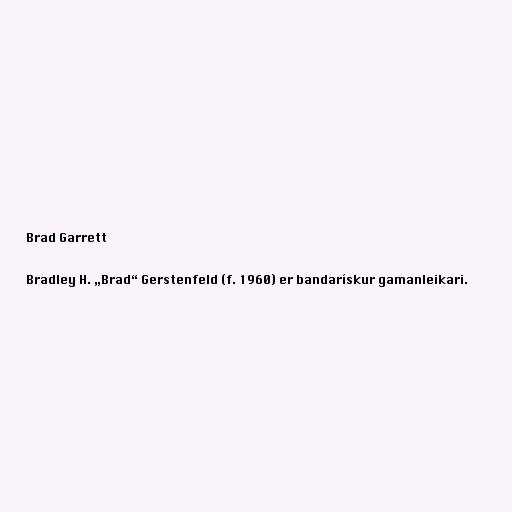
Brad Garrett

Bradley H. „Brad“ Gerstenfeld (f. 1960) er bandarískur gamanleikari.